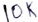
Text: 10K